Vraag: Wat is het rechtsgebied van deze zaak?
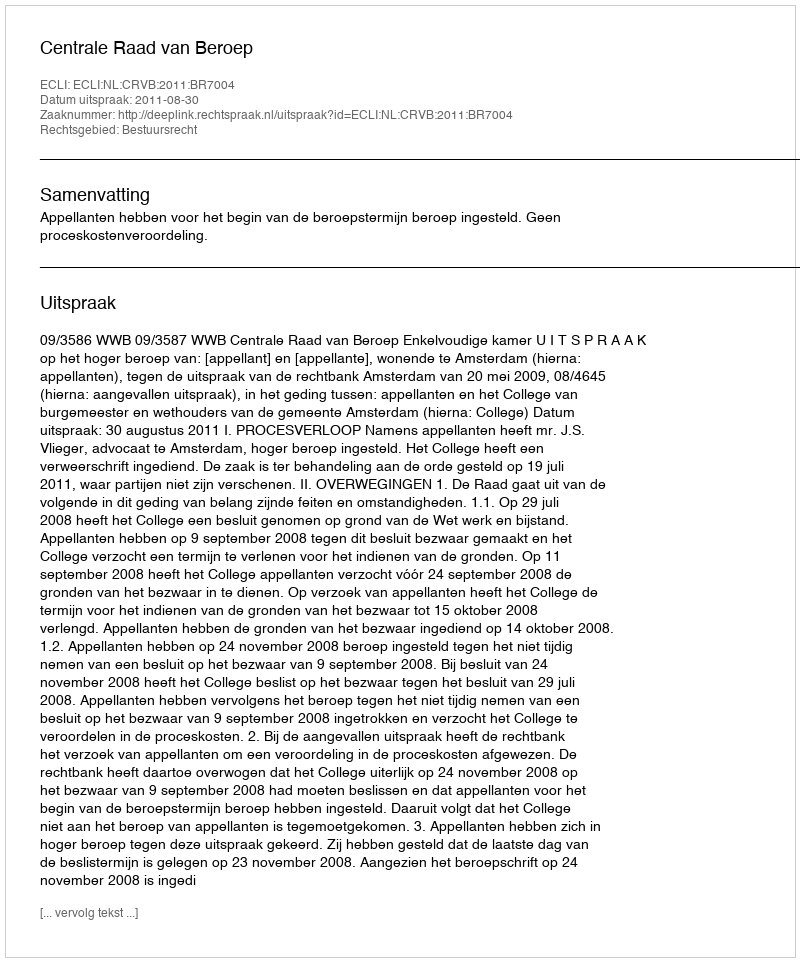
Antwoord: Bestuursrecht